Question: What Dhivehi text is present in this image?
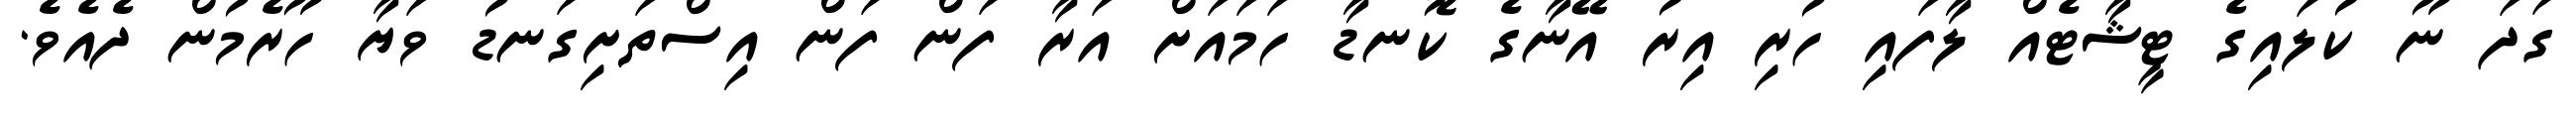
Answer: ގަދަ ނޫ ކުލައިގެ ޓީޝާޓެއް ލާފައި ހުރި އިރު އޭނާގެ ކޮނޑާ ހަމައަށް އަރާ ފަން ފަން އިސްތަށިގަނޑު ވަޔާ ހޫރެމުން ދެއެވެ.